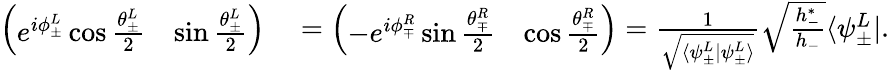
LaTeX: \begin{array}{rl}{\left(\begin{array}{ll}{e^{i\phi_{\pm}^{L}}\cos\frac{\theta_{\pm}^{L}}{2}}&{\sin\frac{\theta_{\pm}^{L}}{2}}\end{array}\right)}&{{}=\left(\begin{array}{ll}{-e^{i\phi_{\mp}^{R}}\sin\frac{\theta_{\mp}^{R}}{2}}&{\cos\frac{\theta_{\mp}^{R}}{2}}\end{array}\right)=\frac{1}{\sqrt{\langle\psi_{\pm}^{L}|\psi_{\pm}^{L}\rangle}}\sqrt{\frac{h_{-}^{*}}{h_{-}}}\langle\psi_{\pm}^{L}|.}\end{array}